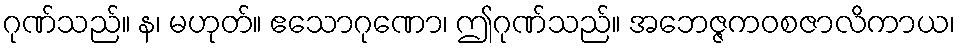
ဂုဏ်သည်။ န၊ မဟုတ်။ ဧသောဂုဏော၊ ဤဂုဏ်သည်။ အဘေဇ္ဇကဝစဇာလိကာယ၊